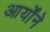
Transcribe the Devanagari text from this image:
आर्योंने